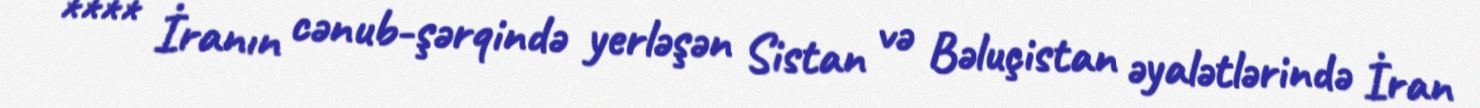
**** İranın cənub-şərqində yerləşən Sistan və Bəluçistan əyalətlərində İran